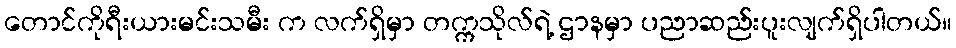
တောင်ကိုရီးယားမင်းသမီး က လက်ရှိမှာ တက္ကသိုလ်ရဲ့ ဌာနမှာ ပညာဆည်းပူးလျက်ရှိပါတယ်။